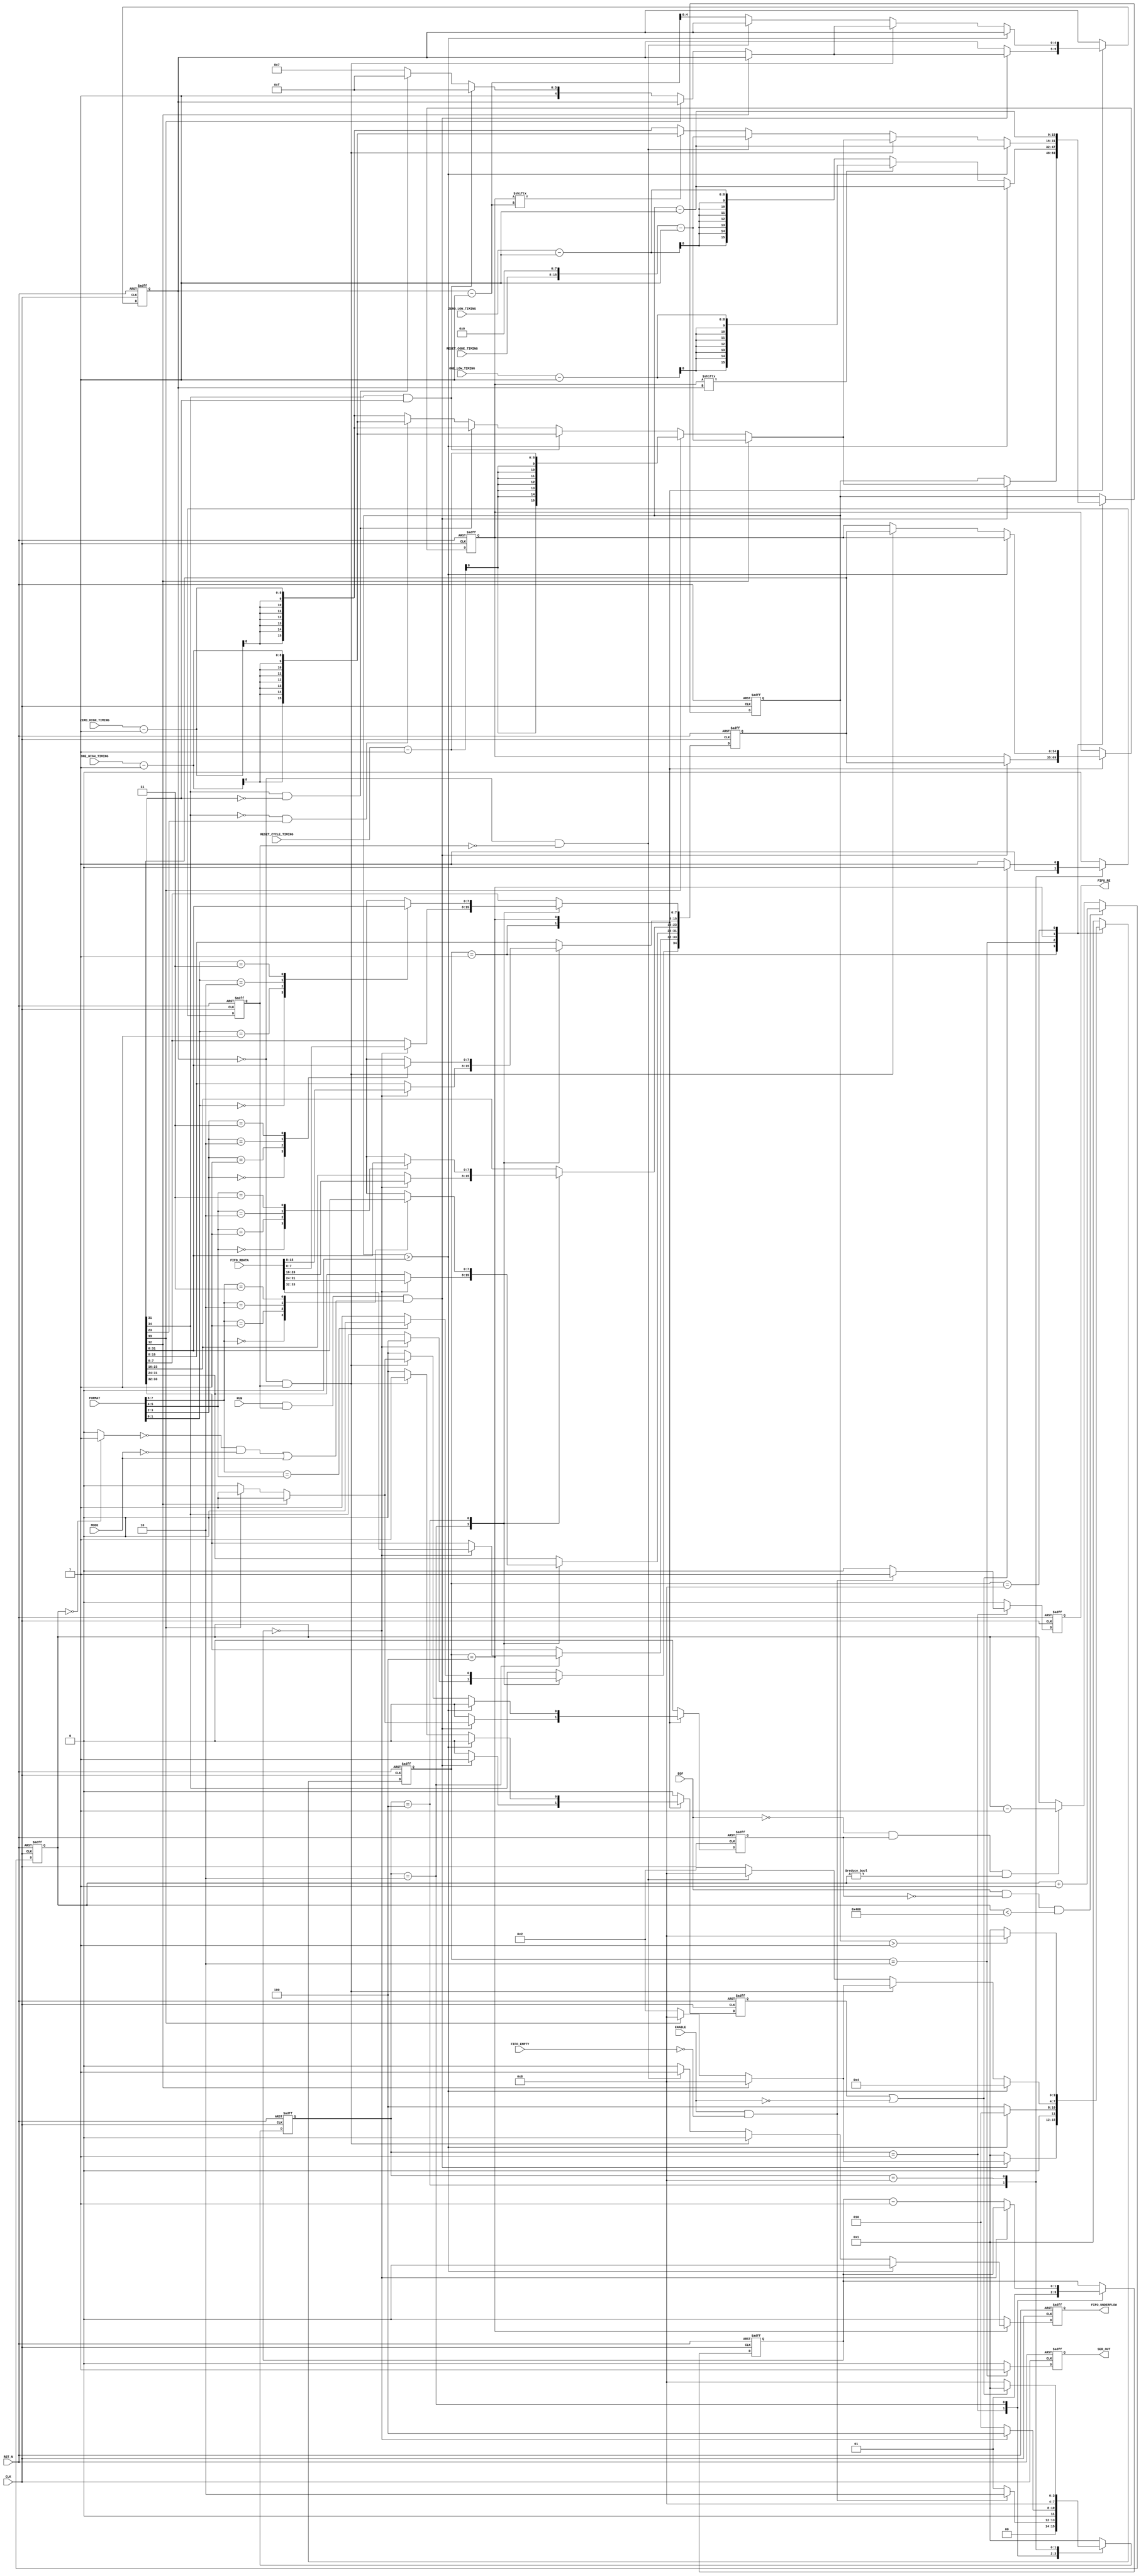
//*****************************************************************************
//
// Copyright (c) 2019-2020 LucAce
//
// Permission is hereby granted, free of charge, to any person obtaining a
// copy of this software and associated documentation files (the "Software"),
// to deal in the Software without restriction, including without limitation
// the rights to use, copy, modify, merge, publish, distribute, sublicense,
// and/or sell copies of the Software, and to permit persons to whom the
// Software is furnished to do so, subject to the following conditions:
//
// The above copyright notice and this permission notice shall be included in
// all copies or substantial portions of the Software.
//
// THE SOFTWARE IS PROVIDED "AS IS", WITHOUT WARRANTY OF ANY KIND, EXPRESS OR
// IMPLIED, INCLUDING BUT NOT LIMITED TO THE WARRANTIES OF MERCHANTABILITY,
// FITNESS FOR A PARTICULAR PURPOSE AND NONINFRINGEMENT. IN NO EVENT SHALL THE
// AUTHORS OR COPYRIGHT HOLDERS BE LIABLE FOR ANY CLAIM, DAMAGES OR OTHER
// LIABILITY, WHETHER IN AN ACTION OF CONTRACT, TORT OR OTHERWISE, ARISING
// FROM, OUT OF OR IN CONNECTION WITH THE SOFTWARE OR THE USE OR OTHER
// DEALINGS IN THE SOFTWARE.
//
//*****************************************************************************
//
// Title: Serializer
//
// Functional Description:
//
//   Serialize the FIFO data in framed LED output.
//
// Notes:
//
//   - Input fbuf Format:
//     [34]:   Mode: 1: RGBW, 0: RGB
//     [33]:   Reset Cycle (Reset for 3 or 4 bytes)
//     [32]:   Reset Code (Full Reset)
//     [31:24] White
//     [23:16] Red
//     [15: 8] Green
//     [ 7: 0] Blue
//
//*****************************************************************************

`timescale 1ns/1ps

module ser (
    input  wire         CLK,                // Clock
    input  wire         RST_N,              // Reset (Active Low)

    input  wire         ENABLE,             // Enable
    input  wire         MODE,               // Operating Mode
    input  wire [7:0]   FORMAT,             // LED output format
    input  wire         RUN,                // Run/Stop

    output reg          FIFO_RE,            // FIFO Read Enable
    input  wire [33:0]  FIFO_RDATA,         // FIFO Read Data
    input  wire         FIFO_EMPTY,         // FIFO Empty
    output reg          FIFO_UNDERFLOW,     // FIFO Underflow

    input  wire         EOF,                // End of Frame

    input  wire [7:0]   ZERO_HIGH_TIMING,   // Zero High Timing
    input  wire [7:0]   ZERO_LOW_TIMING,    // Zero Low Timing
    input  wire [7:0]   ONE_HIGH_TIMING,    // One High Timing
    input  wire [7:0]   ONE_LOW_TIMING,     // One Low Timing
    input  wire [7:0]   RESET_CYCLE_TIMING, // Reset Cycle Timing
    input  wire [7:0]   RESET_CODE_TIMING,  // Reset Code Timing

    output reg          SER_OUT             // Serialized Output
);

    //*************************************************************************
    // Signal Definition
    //*************************************************************************

    // FIFO Read FSM States
    `define S_FR_IDLE       4'b0001
    `define S_FR_READ       4'b0010
    `define S_FR_REORDER    4'b0100
    `define S_FR_VALID      4'b1000

    reg [3:0]       frsm_state;

    // Serial Out FSM States
    `define S_SO_IDLE       4'b0001
    `define S_SO_HIGH_PHASE 4'b0010
    `define S_SO_LOW_PHASE  4'b0100
    `define S_SO_RESET      4'b1000

    reg [3:0]       sosm_state;

    // Buffers
    reg [34:0]      fbuf;
    reg [34:0]      fbuf_run;

    // FIFO FSM Handshake signals
    reg             fbuf_valid;
    reg             fbuf_ready;

    // FSM Counter
    reg [1:0]       frsm_counter;

    // Current transmit bit position
    reg [4:0]       bindex;

    // Toggle Counts
    reg [15:0]      timing_count;

    // Buffer Reset Count
    wire            eof_empty;
    reg             eof_decr;
    reg [10:0]      eof_count;


    //*************************************************************************
    // Number of Resets/EoFs In FIFO
    //*************************************************************************
    assign eof_empty = (eof_count == 11'h000) ? 1'b1 : 1'b0;

    always @(posedge CLK or negedge RST_N) begin
        if (RST_N == 1'b0) begin
            eof_count <= 11'h000;
        end
        else begin
            // Increment Count, Count Not Saturated
            if ( (EOF       == 1'b1) &&
                 (eof_decr  == 1'b0) &&
                 (eof_count <  11'h400) ) begin
                eof_count <= eof_count + 1;
            end
            // Decrement Count, Count Not Zero
            else if ( (EOF       == 1'b0) &&
                      (eof_decr  == 1'b1) &&
                      (eof_count != 11'h000) ) begin
                eof_count <= eof_count - 1;
            end
            // Count Remains Unchanged
            else begin
                eof_count <= eof_count;
            end
        end
    end


    //*************************************************************************
    // FIFO Read Controller State Machine
    //
    // Design Notes:
    // - The fbuf_valid flag will go high until fbuf_ready goes high or
    //   enable goes low.  During that time, the fbuf will remain unchanged
    //   and can be read as needed by the Serial Out state machine.
    //*************************************************************************
    always @(posedge CLK or negedge RST_N) begin
        if (RST_N == 1'b0) begin
            frsm_state   <= `S_FR_IDLE;
            // FIFO Read Enable
            FIFO_RE      <= 1'b0;
            // Buffer Valid (Handshake)
            fbuf_valid   <= 1'b0;
            // FSM state counter
            frsm_counter <= 2'b00;
            // Buffer
            fbuf         <= 35'h0_0000_0000;
        end
        else begin
            FIFO_RE      <= 1'b0;
            fbuf_valid   <= 1'b0;

            case (frsm_state)
                //*************************************************************
                // State: Idle
                // Wait for FIFO read request.
                //*************************************************************
                `S_FR_IDLE: begin
                    // Initialize Counter
                    frsm_counter <= 2'b01;

                    // Get next buffer if FIFO is not empty
                    if ((ENABLE == 1'b1) && (FIFO_EMPTY == 1'b0)) begin
                        FIFO_RE    <= 1'b1;
                        frsm_state <= `S_FR_READ;
                    end
                    else begin
                        frsm_state <= `S_FR_IDLE;
                    end
                end

                //*************************************************************
                // State: Read FIFO
                // Register FIFO_RDATA after appropriate delay.
                //*************************************************************
                `S_FR_READ: begin
                    if (frsm_counter == 2'b00) begin
                        fbuf         <= {1'b0, FIFO_RDATA};
                        frsm_state   <= `S_FR_REORDER;
                    end
                    else begin
                        frsm_counter <= frsm_counter - 1;
                        frsm_state   <= `S_FR_READ;
                    end
                end

                //*************************************************************
                // State: Reorder
                // Wait for ready.
                //*************************************************************
                `S_FR_REORDER: begin
                    // Flag bits remain unchanged
                    fbuf[33:32] <= fbuf[33:32];

                    // If White Format is equal to Red Format, then
                    // only transmit 3 LEDs, ie white not present
                    if (FORMAT[7:6] == FORMAT[5:4])
                        fbuf[34] <= 1'b0;
                    else
                        fbuf[34] <= 1'b1;

                    // Byte 1/If present (MSB)
                    case (FORMAT[7:6])
                        2'b00: fbuf[31:24] <= fbuf[31:24];  // White
                        2'b01: fbuf[31:24] <= fbuf[23:16];  // Red
                        2'b10: fbuf[31:24] <= fbuf[15: 8];  // Green
                        2'b11: fbuf[31:24] <= fbuf[ 7: 0];  // Blue
                    endcase

                    // Byte 2
                    case (FORMAT[5:4])
                        2'b00: fbuf[23:16] <= fbuf[31:24];  // White
                        2'b01: fbuf[23:16] <= fbuf[23:16];  // Red
                        2'b10: fbuf[23:16] <= fbuf[15: 8];  // Green
                        2'b11: fbuf[23:16] <= fbuf[ 7: 0];  // Blue
                    endcase

                    // Byte 3
                    case (FORMAT[3:2])
                        2'b00: fbuf[15: 8] <= fbuf[31:24];  // White
                        2'b01: fbuf[15: 8] <= fbuf[23:16];  // Red
                        2'b10: fbuf[15: 8] <= fbuf[15: 8];  // Green
                        2'b11: fbuf[15: 8] <= fbuf[ 7: 0];  // Blue
                    endcase

                    // Byte 4 (LSB)
                    case (FORMAT[1:0])
                        2'b00: fbuf[ 7: 0] <= fbuf[31:24];  // White
                        2'b01: fbuf[ 7: 0] <= fbuf[23:16];  // Red
                        2'b10: fbuf[ 7: 0] <= fbuf[15: 8];  // Green
                        2'b11: fbuf[ 7: 0] <= fbuf[ 7: 0];  // Blue
                    endcase

                    fbuf_valid <= 1'b1;
                    frsm_state <= `S_FR_VALID;
                end

                //*************************************************************
                // State: Valid
                // Data is valid, wait for ready.
                //*************************************************************
                `S_FR_VALID: begin
                    fbuf_valid <= 1'b1;

                    if ((fbuf_ready == 1'b1) || (ENABLE == 1'b0)) begin
                        fbuf_valid <= 1'b0;
                        frsm_state <= `S_FR_IDLE;
                    end
                    else begin
                        frsm_state <= `S_FR_VALID;
                    end
                end

                //*************************************************************
                // State: Default
                // All other values of frsm_state.  Not synthesized.
                //*************************************************************
                default: begin
                    frsm_state <= `S_FR_IDLE;
                end
            endcase
        end
    end


    //*************************************************************************
    // Serial Output FSM
    //*************************************************************************
    always @(posedge CLK or negedge RST_N) begin
        if (RST_N == 1'b0) begin
            sosm_state      <= `S_SO_IDLE;

            // Reset Under Flow Flag
            FIFO_UNDERFLOW  <= 1'b0;

            // Reset Serial Output
            SER_OUT         <= 1'b0;

            // Reset Processing Values
            bindex          <= 5'h00;
            timing_count    <= 16'h0000;

            // Reset SO FSM Buffer Values, Flags
            fbuf_ready      <= 1'b0;
            fbuf_run        <= 35'h0_0000_0000;

            // Reset Count Decrement
            eof_decr        <= 1'b0;
        end
        else begin
            FIFO_UNDERFLOW  <= 1'b0;
            SER_OUT         <= 1'b0;
            fbuf_ready      <= 1'b0;
            eof_decr        <= 1'b0;

            case (sosm_state)
                //*************************************************************
                // State: Idle
                // Wait for next buffer.
                //*************************************************************
                `S_SO_IDLE: begin
                    if ( (RUN == 1'b1) && (fbuf_valid == 1'b1) &&
                         (((eof_empty == 1'b0) && (MODE == 1'b0)) || (MODE == 1'b1)) ) begin
                        // Reset Code
                        if      (fbuf[32] == 1'b1) begin
                            eof_decr     <= 1'b1;
                            timing_count <= {RESET_CODE_TIMING[7:0], 8'h00} - 1;
                            sosm_state   <= `S_SO_RESET;
                        end
                        // Reset Cycle
                        else if (fbuf[33] == 1'b1) begin
                            eof_decr     <= 1'b1;
                            timing_count <= {8'h00, RESET_CYCLE_TIMING[7:0]} - 1;
                            sosm_state   <= `S_SO_RESET;
                        end
                        // 4 Color/bytes, MSB is 1, Start at bit 31
                        else if ((fbuf[34] == 1'b1) && (fbuf[31] == 1'b1)) begin
                            timing_count <= {8'h00, ONE_HIGH_TIMING} - 1;
                            bindex       <= 5'h1F;
                            sosm_state   <= `S_SO_HIGH_PHASE;
                        end
                        // 4 Color/bytes, MSB is 0, Start at bit 31
                        else if ((fbuf[34] == 1'b1) && (fbuf[31] == 1'b0)) begin
                            timing_count <= {8'h00, ZERO_HIGH_TIMING} - 1;
                            bindex       <= 5'h1F;
                            sosm_state   <= `S_SO_HIGH_PHASE;
                        end
                        // 3 Color/bytes, MSB is 1, Start at bit 23
                        else if ((fbuf[34] == 1'b0) && (fbuf[23] == 1'b1)) begin
                            timing_count <= {8'h00, ONE_HIGH_TIMING} - 1;
                            bindex       <= 5'h17;
                            sosm_state   <= `S_SO_HIGH_PHASE;
                        end
                        // 3 Color/bytes, MSB is 0, Start at bit 23
                        else begin
                            timing_count <= {8'h00, ZERO_HIGH_TIMING} - 1;
                            bindex       <= 5'h17;
                            sosm_state   <= `S_SO_HIGH_PHASE;
                        end

                        // Store buffer locally
                        fbuf_ready <= 1'b1;
                        fbuf_run   <= fbuf;
                    end
                    else begin
                        sosm_state <= `S_SO_IDLE;
                    end
                end

                //*************************************************************
                // State: High Phase
                // Serial Out High Phase of Output
                //*************************************************************
                `S_SO_HIGH_PHASE: begin
                    SER_OUT <= 1'b1;

                    if (timing_count > 16'h0000) begin
                        timing_count <= timing_count - 1;
                        sosm_state   <= `S_SO_HIGH_PHASE;
                    end
                    else begin
                        if (fbuf_run[bindex] == 1'b1)
                            timing_count <= {8'h00, ONE_LOW_TIMING} - 1;
                        else
                            timing_count <= {8'h00, ZERO_LOW_TIMING} - 1;

                        sosm_state <= `S_SO_LOW_PHASE;
                    end
                end

                //*************************************************************
                // State: Low Phase
                // Serial Out Low Phase of Output
                //*************************************************************
                `S_SO_LOW_PHASE : begin
                    SER_OUT <= 1'b0;

                    // Decrement count and stay in this state
                    if (timing_count > 16'h0000) begin
                        timing_count <= timing_count - 1;
                        sosm_state   <= `S_SO_LOW_PHASE;
                    end
                    // Get the next WRGB/RGB buffer value if there is no EOF.
                    // This occurs one cycle early to give time to the idle
                    // state to register and start the next buffer value.
                    else if ( (bindex     == 0) &&
                              (fbuf_valid == 1'b1) ) begin
                        // Reset Code
                        if      (fbuf[32] == 1'b1) begin
                            eof_decr     <= 1'b1;
                            timing_count <= {RESET_CODE_TIMING[7:0], 8'h00} - 1;
                            sosm_state   <= `S_SO_RESET;
                        end
                        // Reset Cycle
                        else if (fbuf[33] == 1'b1) begin
                            eof_decr     <= 1'b1;
                            timing_count <= {8'h00, RESET_CYCLE_TIMING[7:0]} - 1;
                            sosm_state   <= `S_SO_RESET;
                        end
                        // 4 Color/bytes, MSB is 1, Start at bit 31
                        else if ((fbuf[34] == 1'b1) && (fbuf[31] == 1'b1)) begin
                            timing_count <= {8'h00, ONE_HIGH_TIMING} - 1;
                            bindex       <= 5'h1F;
                            sosm_state   <= `S_SO_HIGH_PHASE;
                        end
                        // 4 Color/bytes, MSB is 0, Start at bit 31
                        else if ((fbuf[34] == 1'b1) && (fbuf[31] == 1'b0)) begin
                            timing_count <= {8'h00, ZERO_HIGH_TIMING} - 1;
                            bindex       <= 5'h1F;
                            sosm_state   <= `S_SO_HIGH_PHASE;
                        end
                        // 3 Color/bytes, MSB is 1, Start at bit 23
                        else if ((fbuf[34] == 1'b0) && (fbuf[23] == 1'b1)) begin
                            timing_count <= {8'h00, ONE_HIGH_TIMING} - 1;
                            bindex       <= 5'h17;
                            sosm_state   <= `S_SO_HIGH_PHASE;
                        end
                        // 3 Color/bytes, MSB is 0, Start at bit 23
                        else begin
                            timing_count <= {8'h00, ZERO_HIGH_TIMING} - 1;
                            bindex       <= 5'h17;
                            sosm_state   <= `S_SO_HIGH_PHASE;
                        end

                        // Store buffer locally
                        fbuf_ready <= 1'b1;
                        fbuf_run   <= fbuf;
                    end
                    // Execute a Reset Code if last bit and nothing in buffer
                    // Do not decrement the reset count because this reset
                    // code is not due to a command but rather an underrun
                    else if ( (bindex     == 0) &&
                              (fbuf_valid == 1'b0) ) begin
                        FIFO_UNDERFLOW <= 1'b1;
                        timing_count   <= {RESET_CODE_TIMING[7:0], 8'h00} - 1;
                        sosm_state     <= `S_SO_RESET;
                    end
                    // If this is not the last bit go to the next pixel
                    else begin
                        if (fbuf_run[bindex-1] == 1'b1)
                            timing_count <= {8'h00, ONE_HIGH_TIMING} - 1;
                        else
                            timing_count <= {8'h00, ZERO_HIGH_TIMING} - 1;

                        bindex     <= bindex - 1;
                        sosm_state <= `S_SO_HIGH_PHASE;
                    end
                end

                //*************************************************************
                // State: Reset Code
                // Full Reset
                //*************************************************************
                `S_SO_RESET: begin
                    SER_OUT <= 1'b0;

                    // Stay in reset until a count of 1 then go to idle.
                    // The one extra cycle allows for the next buffer
                    // to be started in the idle state.
                    if (timing_count > 16'h0001) begin
                        timing_count <= timing_count - 1;
                        sosm_state  <= `S_SO_RESET;
                    end
                    else begin
                        timing_count <= timing_count - 1;
                        sosm_state   <= `S_SO_IDLE;
                    end
                end

                //*************************************************************
                // State: Default
                // All other values of frsm_state.  Not synthesized.
                //*************************************************************
                default: begin
                    sosm_state <= `S_SO_IDLE;
                end
            endcase
        end
    end

endmodule